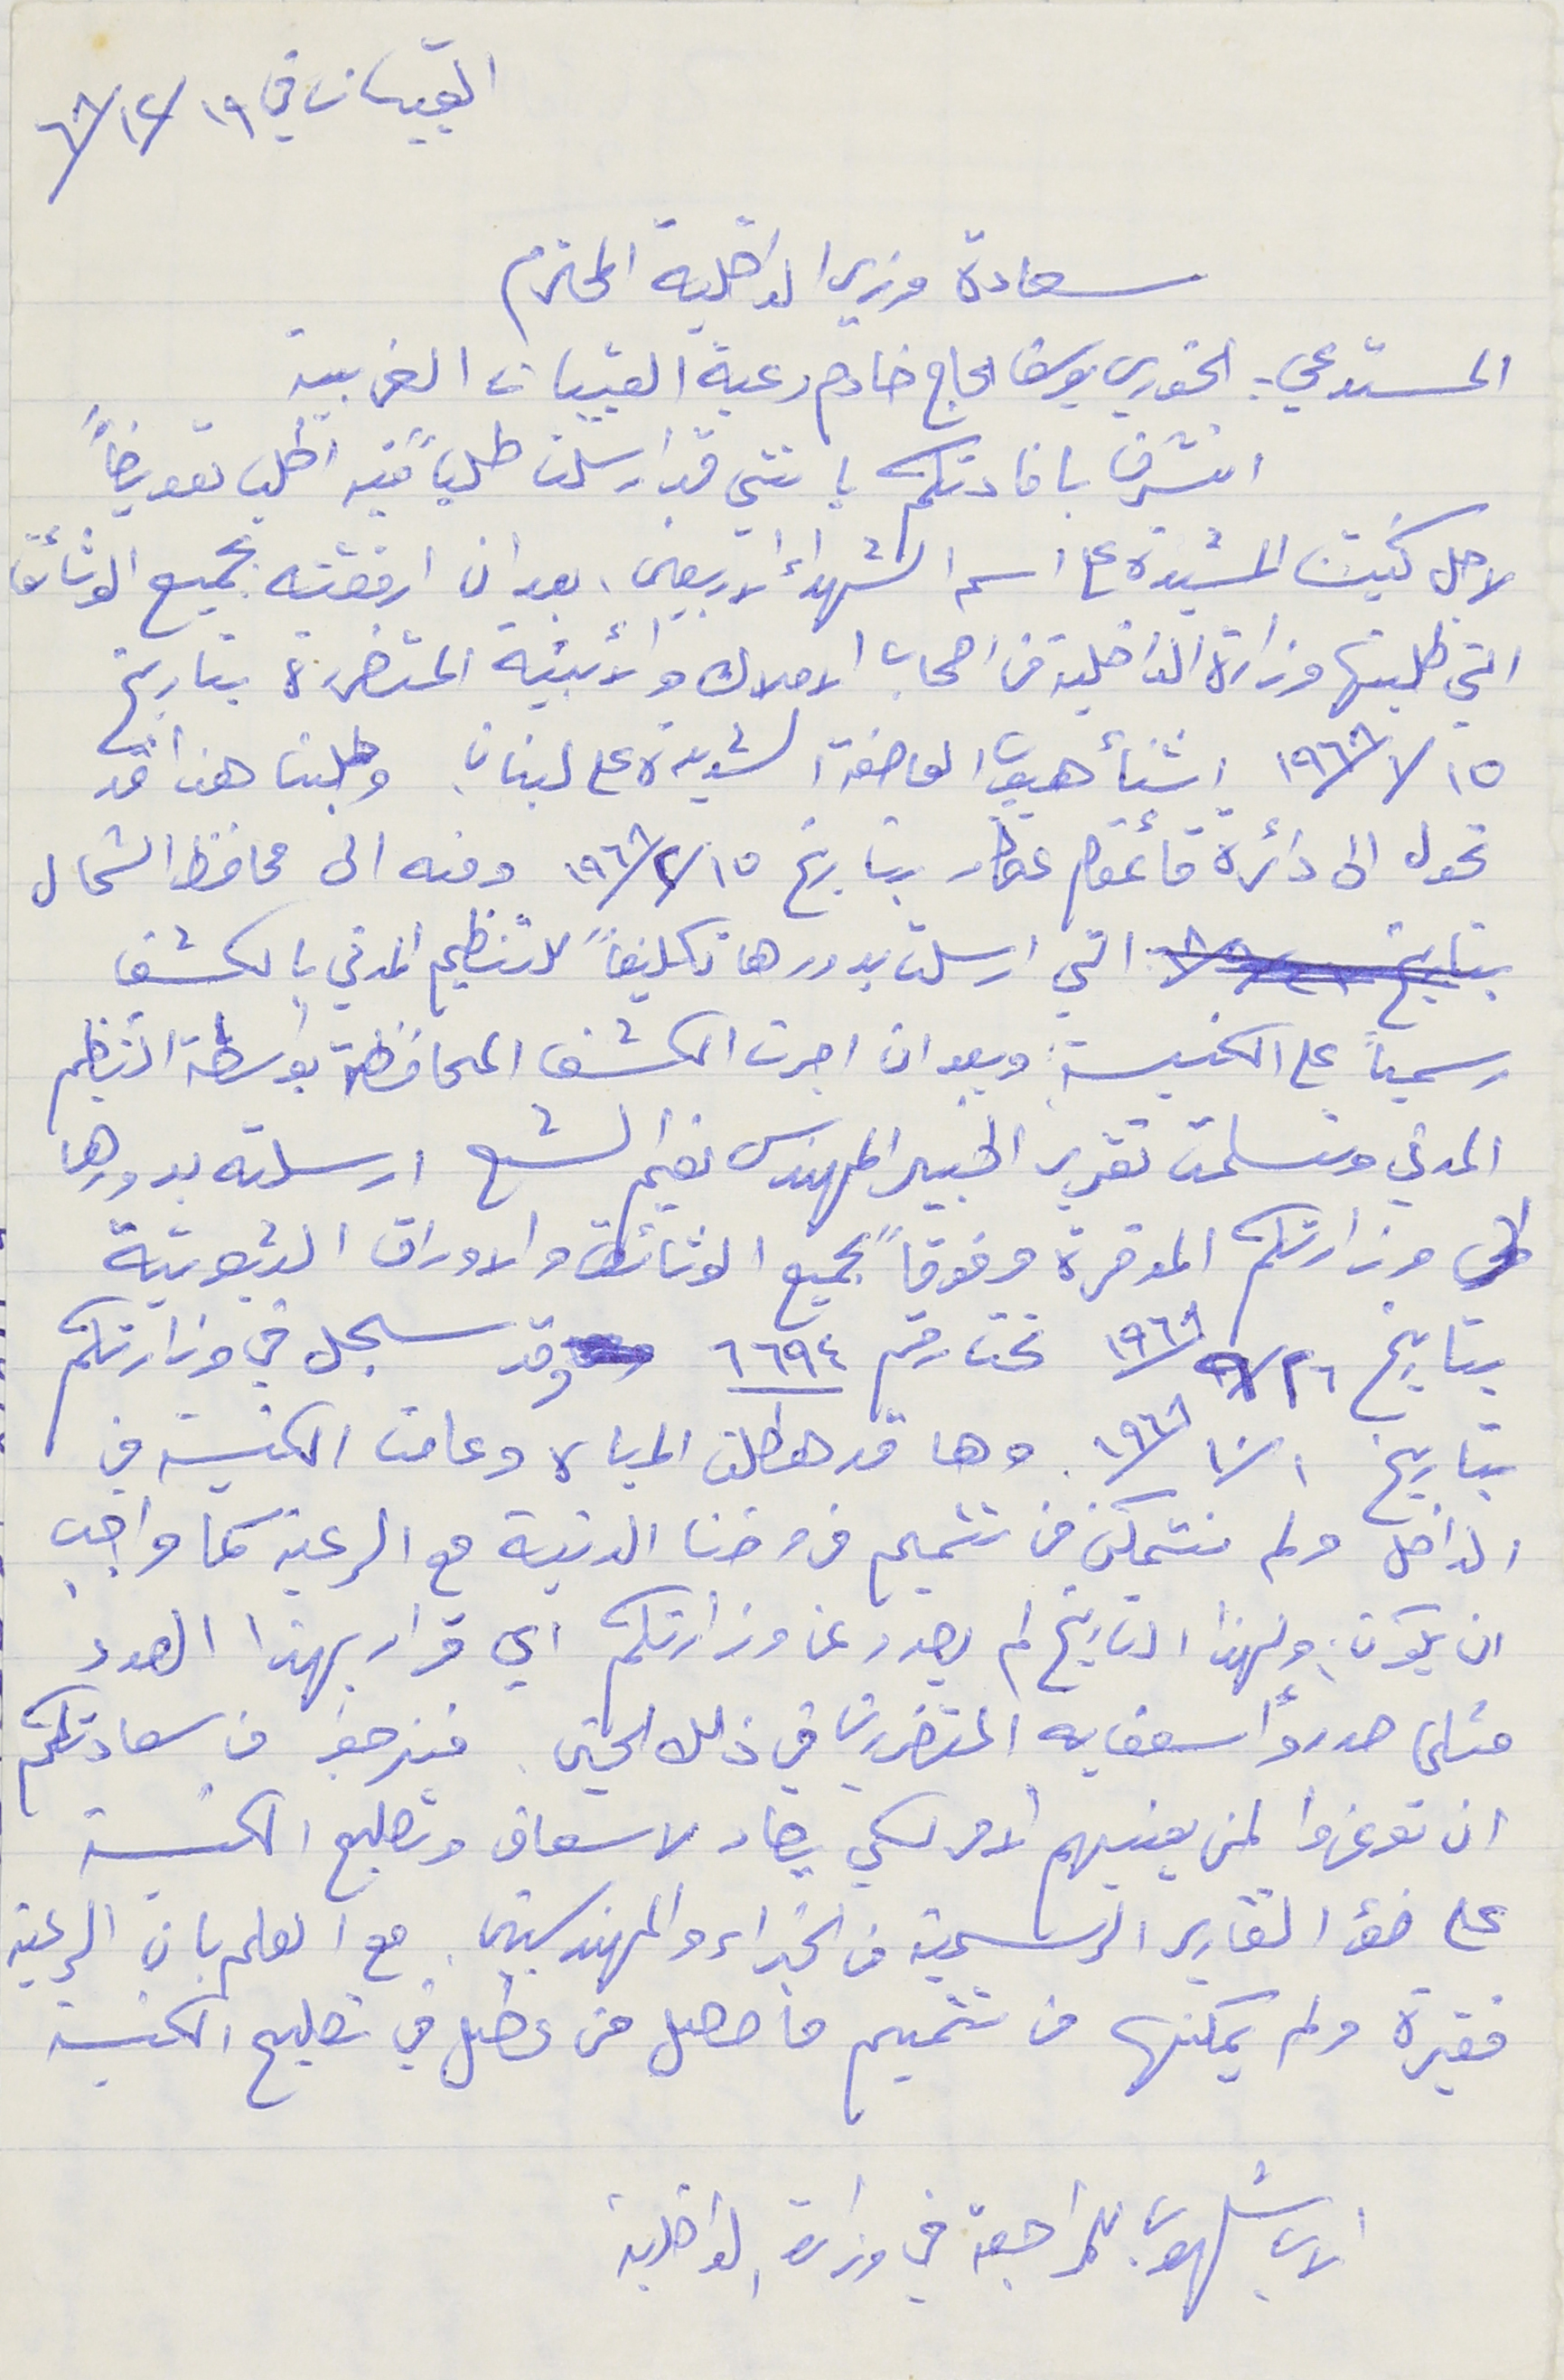
القبيات في ١٩ /١٢/ ٦٨
سعادة وزير الداخلية المحترم
المستدعي : الخوري يوسف الحاج خادم رعية القبيات الغربية
اتشرف بافادتكم بانني قد ارسلت طلباً فيه اطلب تعويضاً
لاجل كنيسة المشيدة على اسم الشهداء الاربعين، بعد ان ارفقته بجميع الوثائق
التي طلبتها وزارة الداخلية من اصحاب الاملاك والابنية المتضررة بتاريخ
٦/١٥/ ١٩٦٨ اثنأ هبوب العاصفة الشديدة على لبنان وطلبنا هذا قد
تحول الى دائرة قائمقام عكار بتاريخ ١٥/ ٢ / ١٩٦٨ ومنه الى محافظ الشمال
التي ارسلت بدورها تكليفًا للتنظيم المدني بالكشف
رسمياً على الكنيسة وبعد ان اجرت الكشف المحافظة بواسطة التنظيم
المدني وتسلمت تقرير الخبير المهندس نعيم الشع ارسلته بدورها
لي وزارتكم الموقرة مرفوقاً ىجميع الوثائق والاوراق الثبوتية
بتاريخ ١٩٦٨/٩/٢٦ تحت رقم ٦٦٩٤ وقد سجل في وزارتكم
بتاريخ ١٩٦٨/١٠/١. وها قد هطلت المياه وعامت الكنيسة في
الداخل ولم نتمكن من تتميم فروضنا الدنية مع الرعية كما واجب
ان يكون ولهذا التاريخ لم يصدر عن وزارتكم اي قرار بهذا الصدد
مثلما صدر وأسعف يه المتضررين في ذلك الحين. فنرجوا من سعادتكم
ان توعزوا لمن يعنيهم الامر لكي يصار لاسعاف وتصليح الكنيسة
على ضؤ التقارير الرسمية من الخبراء والمهندسين. مع العلم بان الرعية
فقيرة ولم يمكنها من تتميم ما حصل من عطل في تصليح الكنيسة
الاب شلهوب للمراجعة في وزارة الداخلية